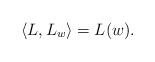
LaTeX: \begin{align*} \langle L,L_w \rangle = L(w). \end{align*}